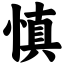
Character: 慎